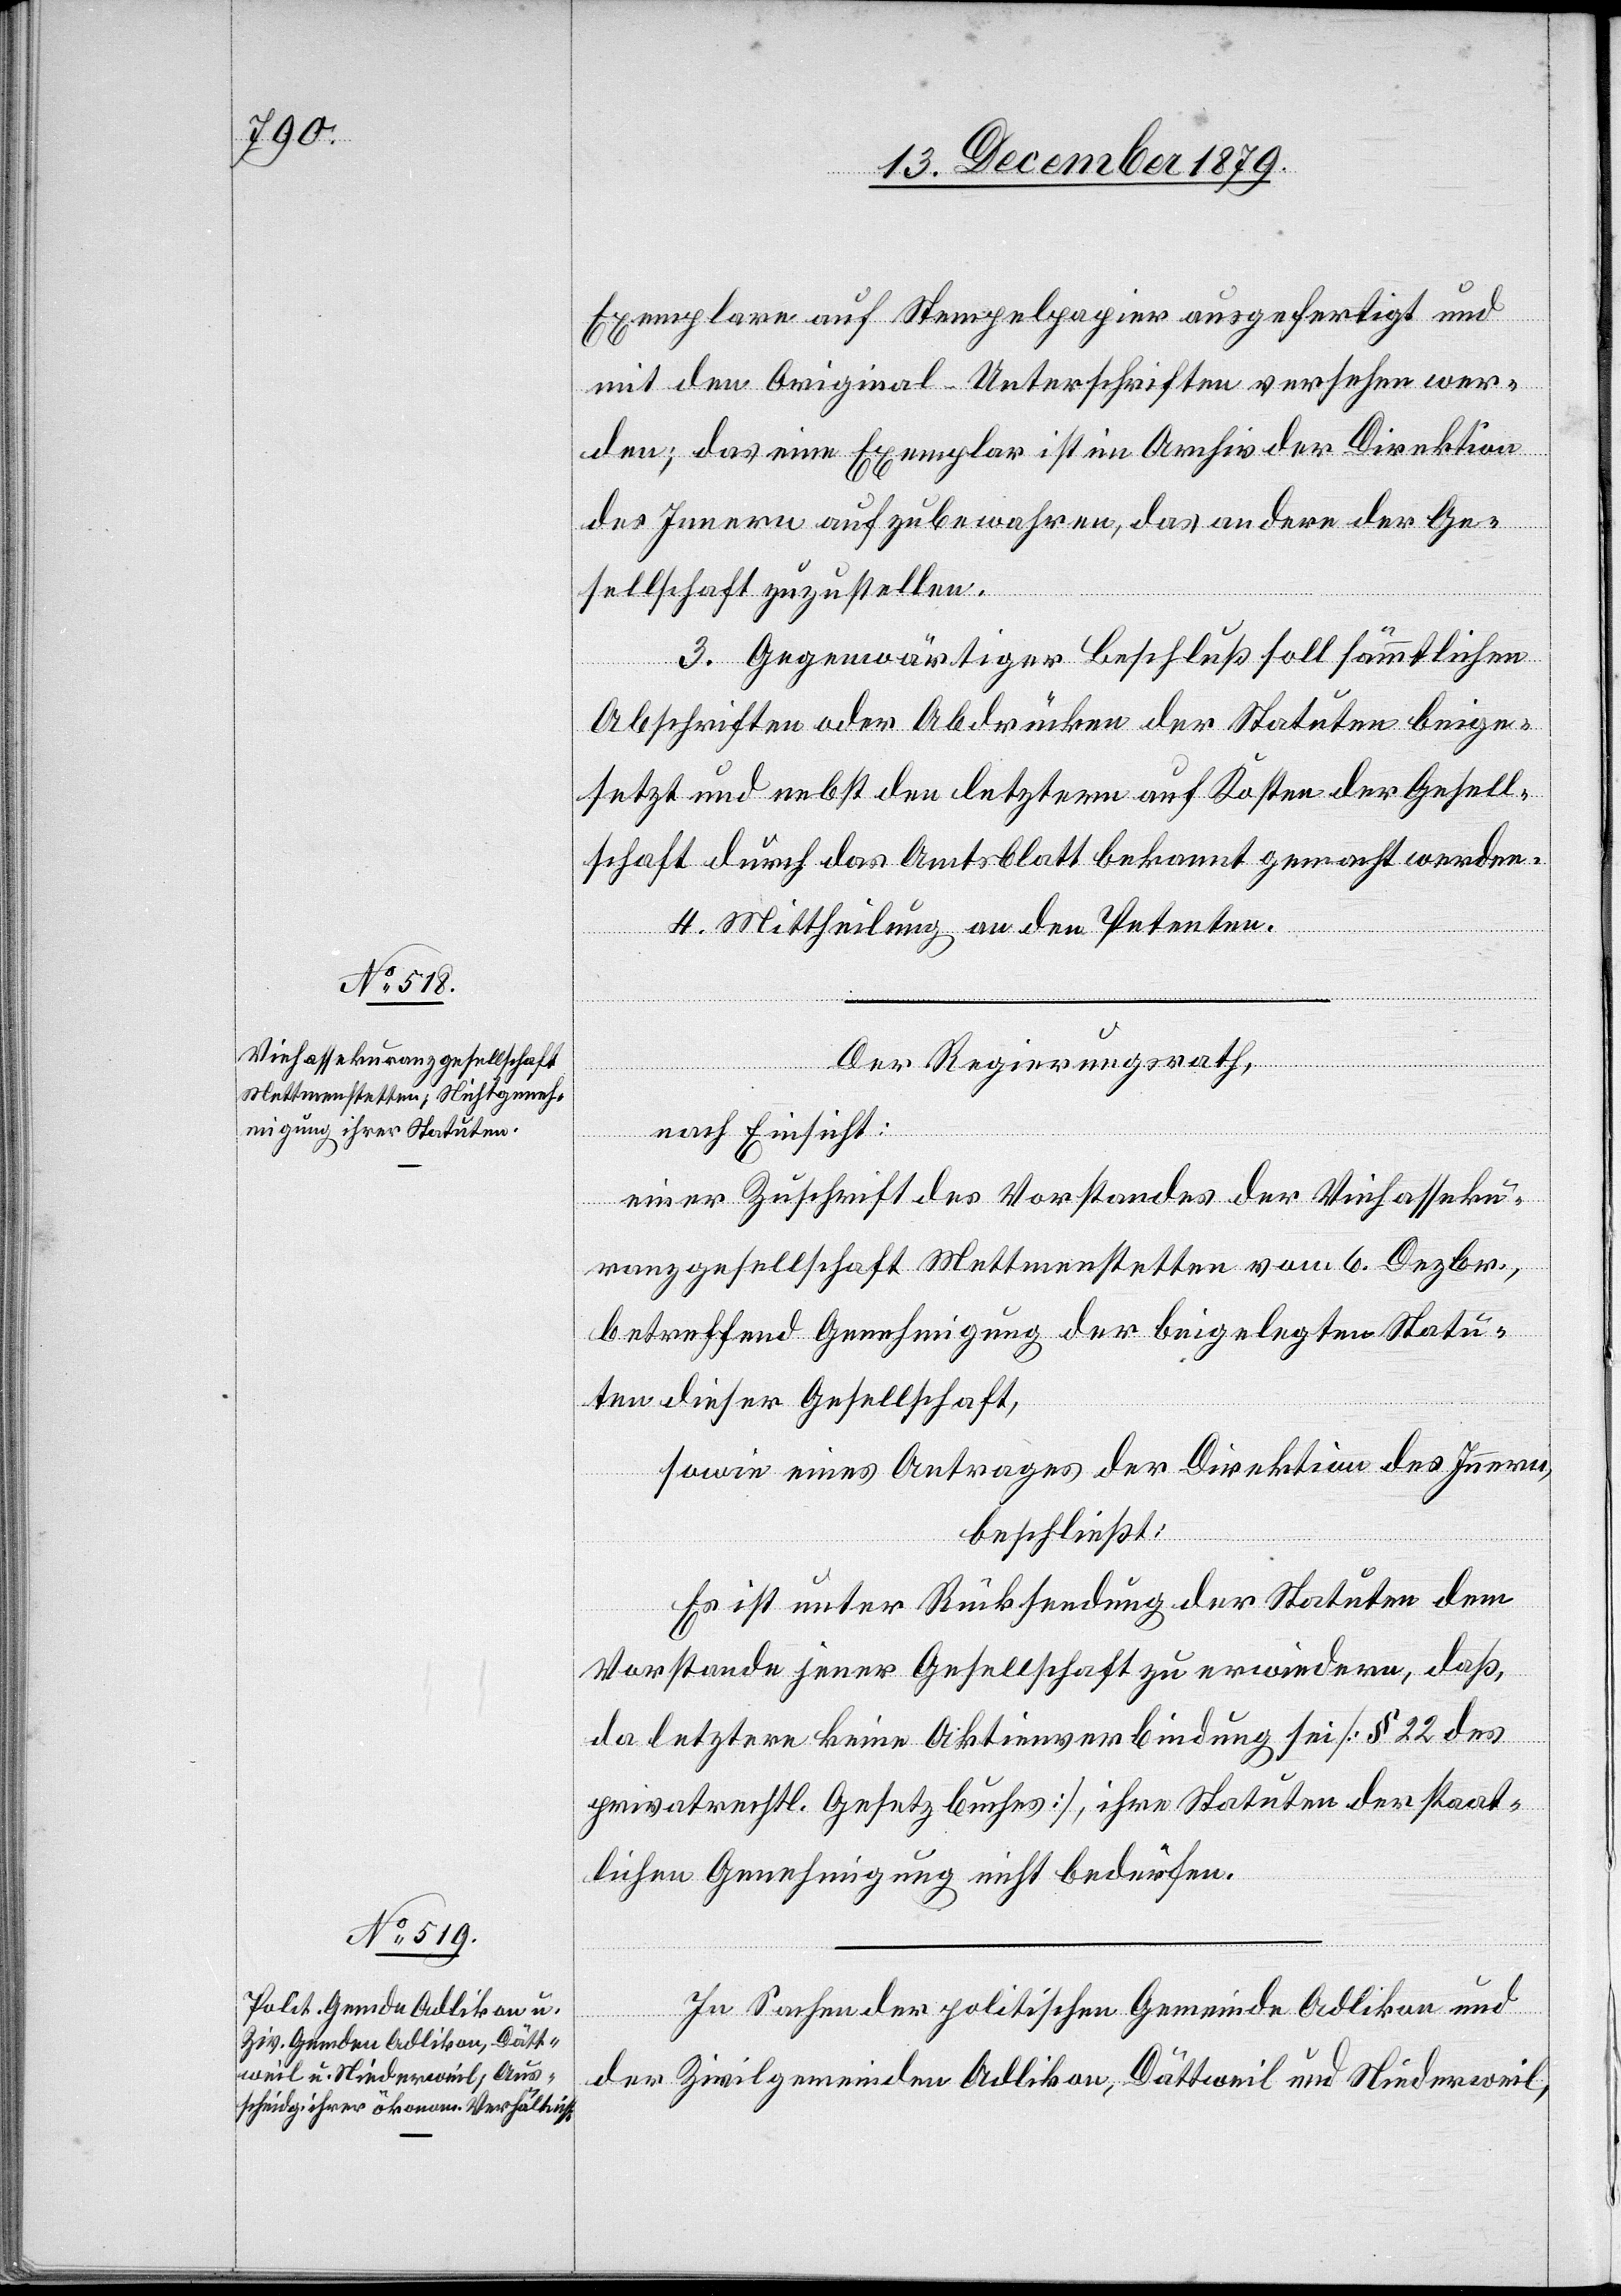
Exemplare auf Stempelpapier ausgefertigt und
mit den Original-Unterschriften versehen wer¬
den; das eine Exemplar ist im Archiv der Direktion
des Innern aufzubewahren, das andere der Ge¬
sellschaft zuzustellen.
III. Gegenwärtiger Beschluß soll sämmtlichen
Abschriften oder Abdrücken der Statuten beige¬
setzt und nebst den letztern auf Kosten der Gesell¬
schaft durch das Amtsblatt bekannt gemacht werden.
IV. Mittheilung an den Petenten.
Der Regierungsrath,
nach Einsicht:
einer Zuschrift des Vorstandes der Viehasseku¬
ranzgesellschaft Mettmenstetten vom 6. Dezbr.,
betreffend Genehmigung der beigelegten Statu¬
ten dieser Gesellschaft,
sowie eines Antrages der Direktion des Innern,
beschließt:
Es ist unter Rücksendung der Statuten dem
Vorstande jener Gesellschaft zu erwiedern, daß,
da letztere keine Aktienverbindung sei [§ 22 des
privatrechtl. Gesetzbuches], ihre Stauten der staat¬
lichen Genehmigung nicht bedürfen.
In Sachen der politischen Gemeinde Adlikon und
der Zivilgemeinden Adlikon, Dättweil und Niederweil,